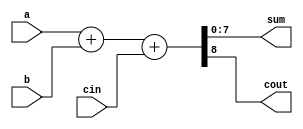
`timescale 1ns/1ps
module cont_8bit_adder(sum,cout,a,b,cin);
	input cin;
	input [7:0] a,b;
	output [7:0] sum;
	output cout;
	assign{cout,sum}=a+b+cin;
endmodule